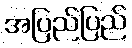
အပြည်ပြည်